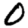
Digit: 0